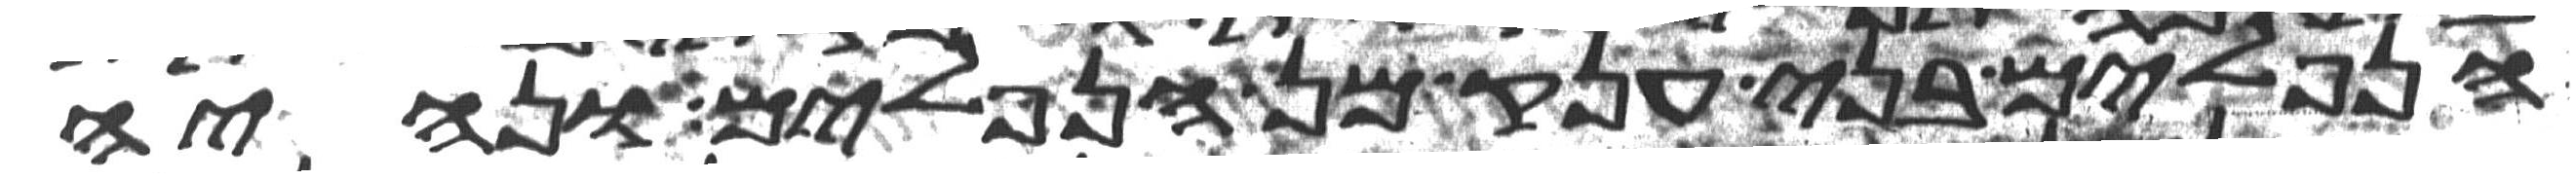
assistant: הנפלים בני ענק מן הנפלים ונהיה